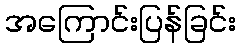
အကြောင်းပြန်ခြင်း